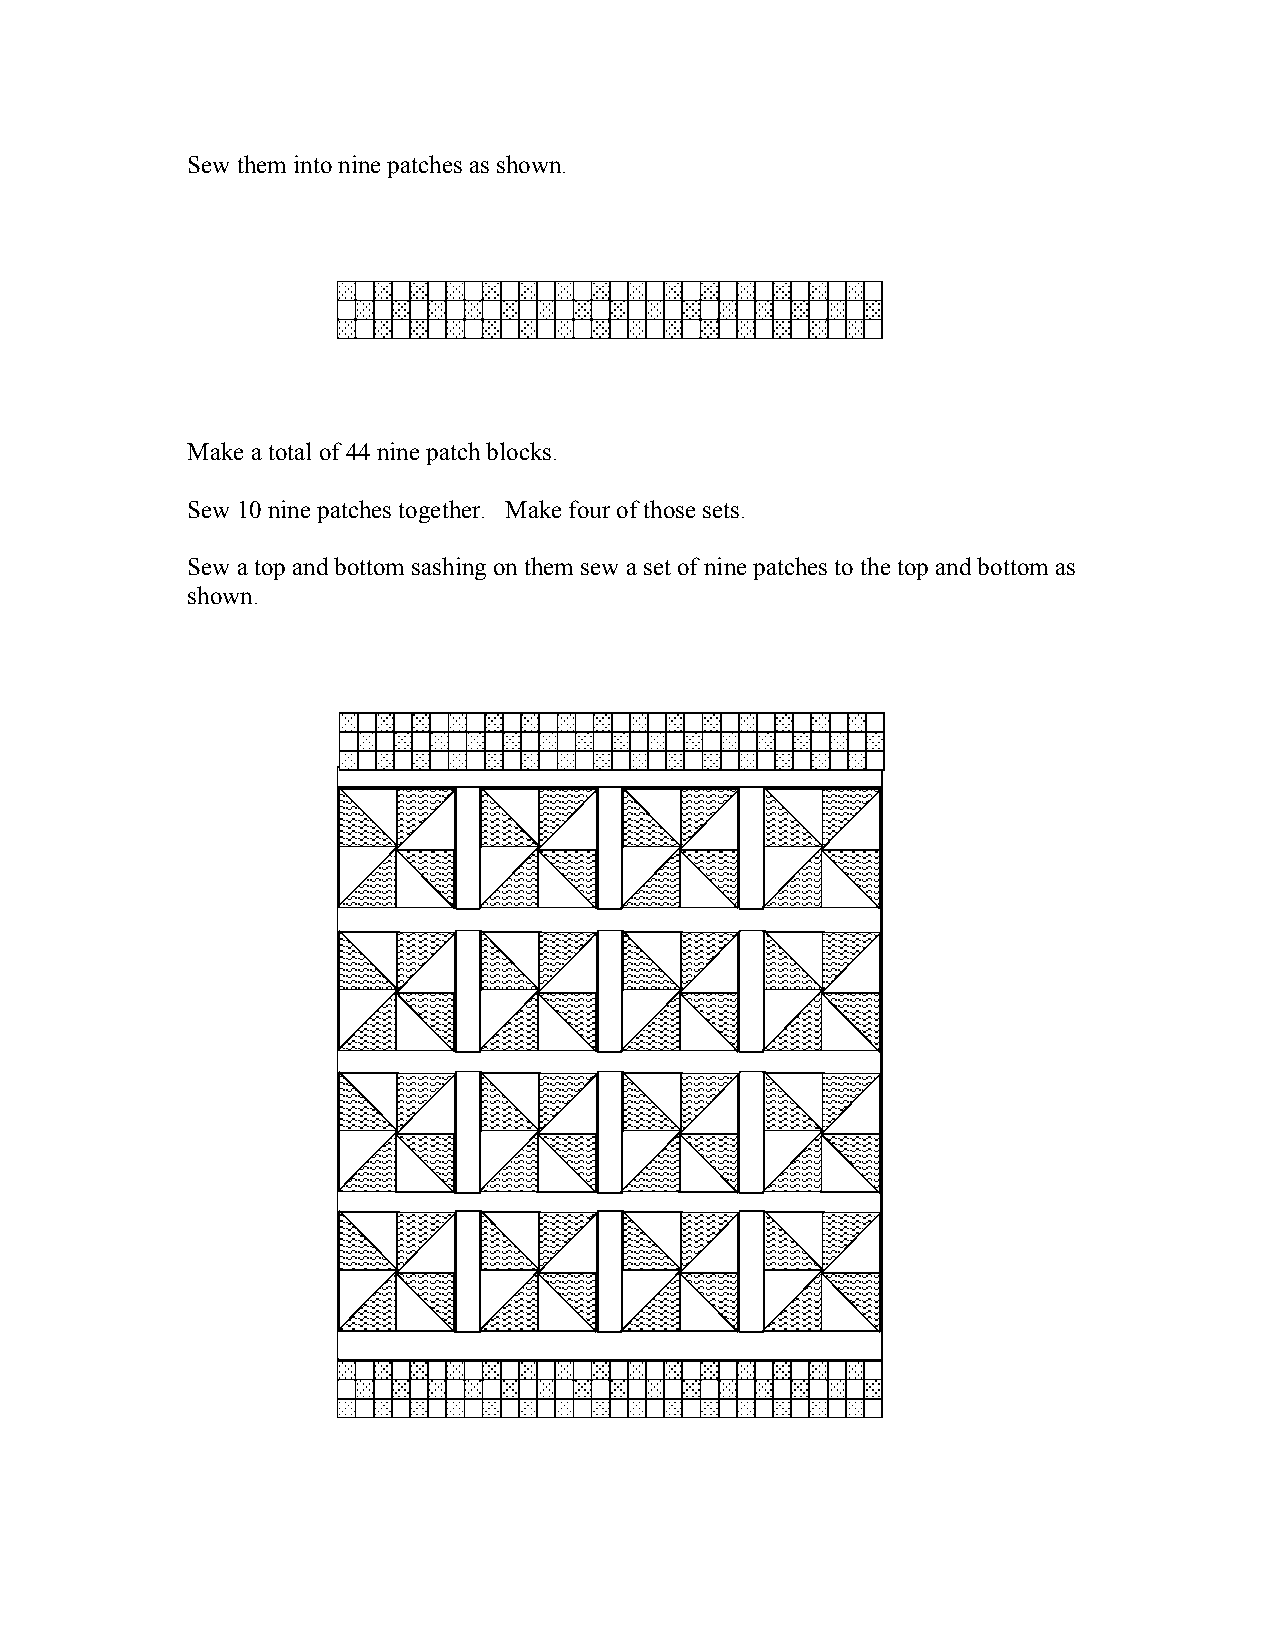
Sew them into nine patches as shown.
 Make a total of 44 nine patch blocks.
 Sew 10 nine patches together. Make four of those sets.
 Sew a top and bottom sashing on them sew a set of nine patches to the top and bottom as
 shown.